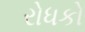
રોધકો